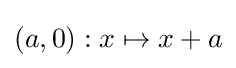
(a,0):x\mapsto x+a